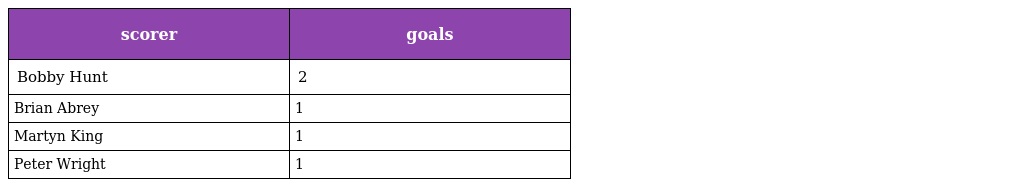
| scorer | goals |
 | --- | --- |
 | Bobby Hunt | 2 |
 | Brian Abrey | 1 |
 | Martyn King | 1 |
 | Peter Wright | 1 |